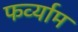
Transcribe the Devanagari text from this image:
फर्व्याम